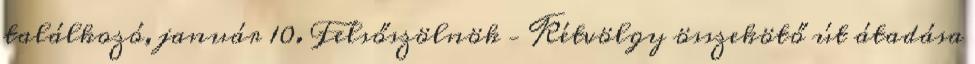
találkozó, január 10. Felsőszölnök – Kétvölgy összekötő út átadása